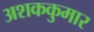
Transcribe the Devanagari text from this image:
अशककुमार